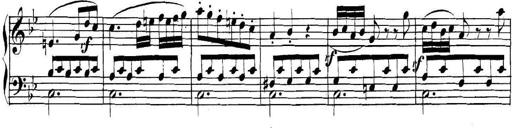
Title: Collected Piano Sonatas
Composer: Muzio Clementi